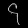
Digit: ၄